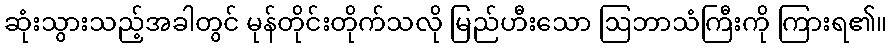
ဆုံးသွားသည့်အခါတွင် မုန်တိုင်းတိုက်သလို မြည်ဟီးသော ဩဘာသံကြီးကို ကြားရ၏။